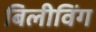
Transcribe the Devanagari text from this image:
बिलीविंग